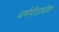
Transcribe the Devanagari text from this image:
धर्मपीठाधीश